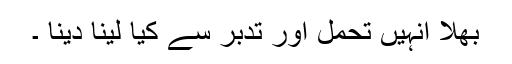
بھلا انہیں تحمل اور تدبر سے کیا لینا دینا ۔